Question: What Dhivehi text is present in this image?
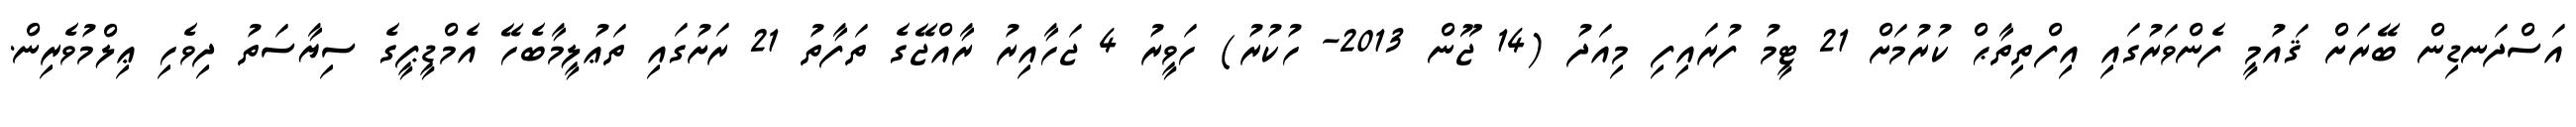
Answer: އަސްދަނޑިން ބޭރަށް ޤައުމީ ފެންވަރުގައި އިފްތިތާޙް ކުރުމަށް 21 ޓީމު ފުރައިފި މިއަދު (14 ޖޫން 2013- ހުކުރު) ހަވީރު 4 ޖަހާއިރު ރާއްޖޭގެ ތަފާތު 21 ރަށުގައި ތަޢުލީމާބެހޭ އެމްޑީޕީގެ ސިޔާސަތު ދިވެހި ޢިލްމުވެރިން.